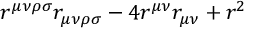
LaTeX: r ^ { \mu \nu \rho \sigma } r _ { \mu \nu \rho \sigma } - 4 r ^ { \mu \nu } r _ { \mu \nu } + r ^ { 2 }